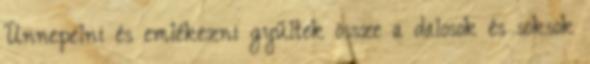
Ünnepelni és emlékezni gyűltek össze a dalosok és soksok